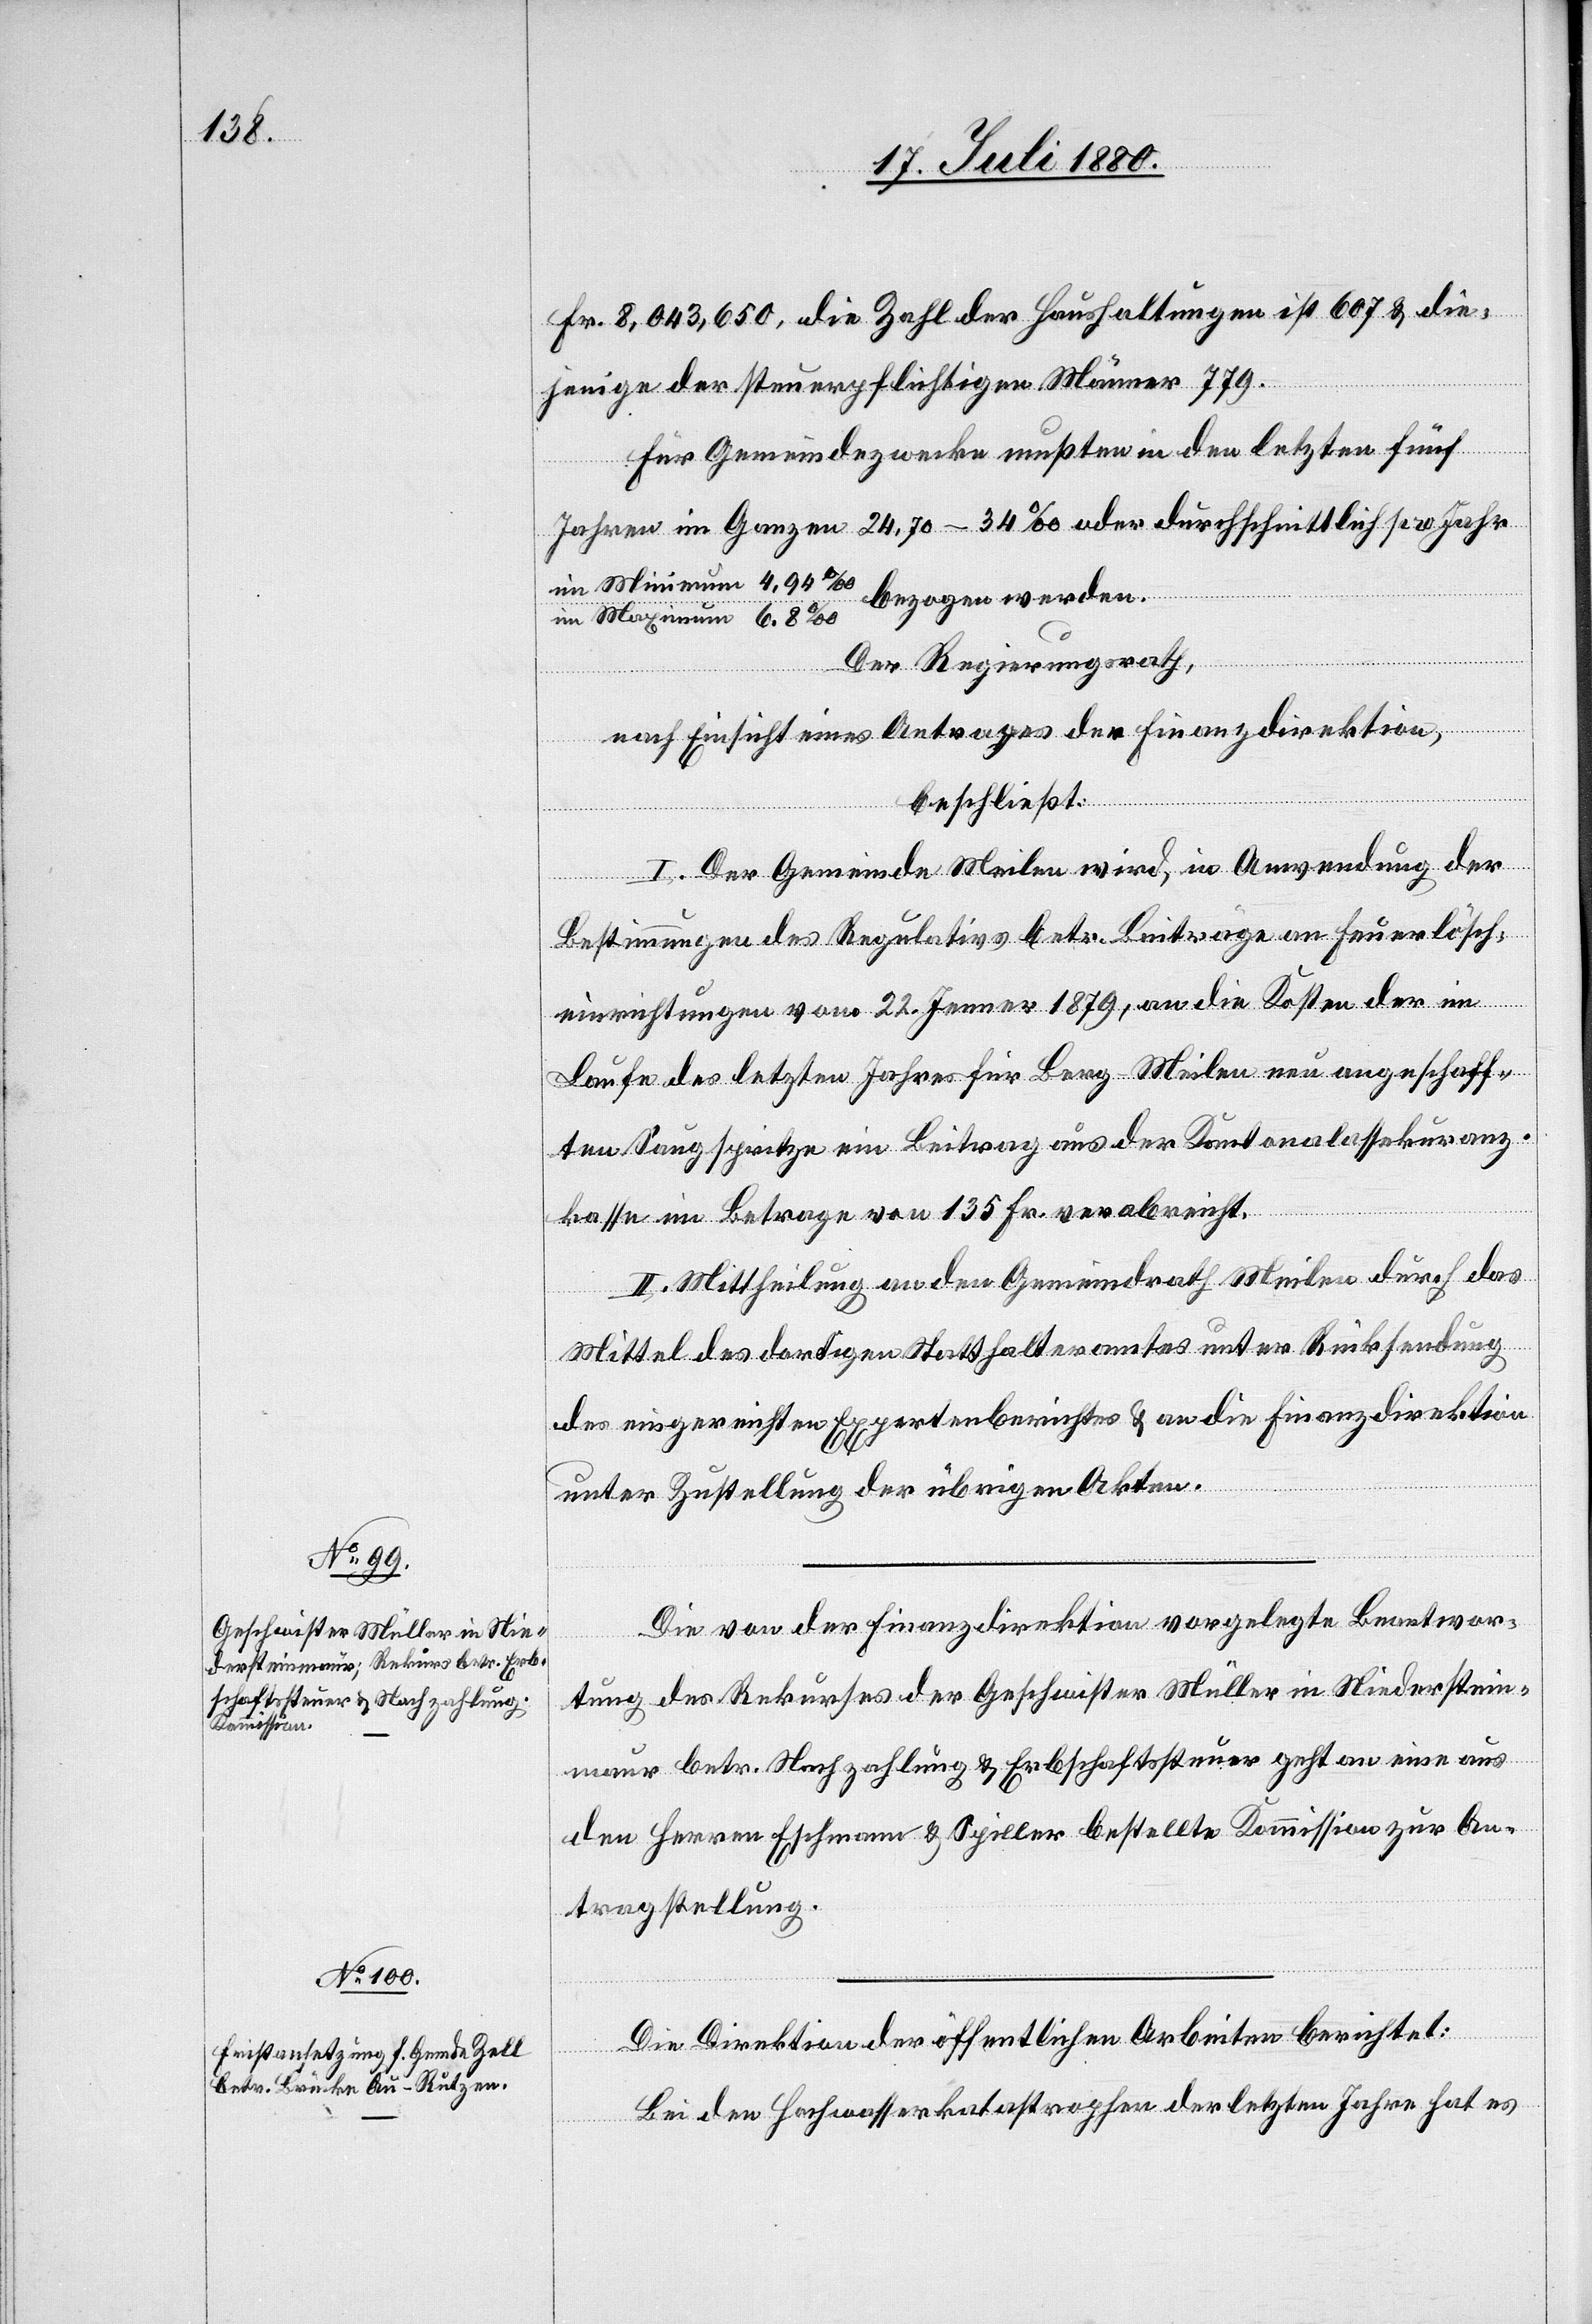
Fr. 8,043,650, die Zahl der Haushaltungen ist 607 & die¬
jenige der steuerpflichtigen Männer 779.
Für Gemeindezwecke mußten in den letzten fünf
Jahren im Ganzen 24.70– 34 ‰ oder durchschnittlich pro Jahr
bezogen werden.
Der Regierungsrath,
nach Einsicht eines Antrages der Finanzdirektion,
beschließt:
I. Der Gemeinde Meilen wird, in Anwendung der
Bestimmungen des Regulativs betr. Beiträge an Feuerlösch¬
mum
einrichtungen vom 22. Jenner 1879, an die Kosten der im
Laufe des letzten Jahres für Berg - Meilen neu angeschaff¬
ten Saugspritze ein Beitrag aus der Kantonalassekuranz¬
kasse im Betrage von 135 Fr. verabreicht.
II. Mittheilung an den Gemeindrath Meilen durch das
Mittel des dortigen Statthalteramtes unter Rücksendung
des eingereichten Expertenberichtes & an die Finanzdirektion
Mini¬
unter Zustellung der übrigen Akten.
Die von der Finanzdirektion vorgelegte Beantwor¬
tung des Rekurses der Geschwister Müller in Niederstein¬
maur betr. Nachzahlung & Erbschafsteuer geht an eine aus
den Herren Eschmann & Spiller bestellte Kommission zur An¬
tragstellung.
Die Direktion öffentlicher Arbeiten berichtet:
Bei den Hochwasserkatastrophen der letzten Jahren hat es